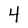
Character: 4